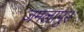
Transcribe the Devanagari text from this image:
जमलापुर